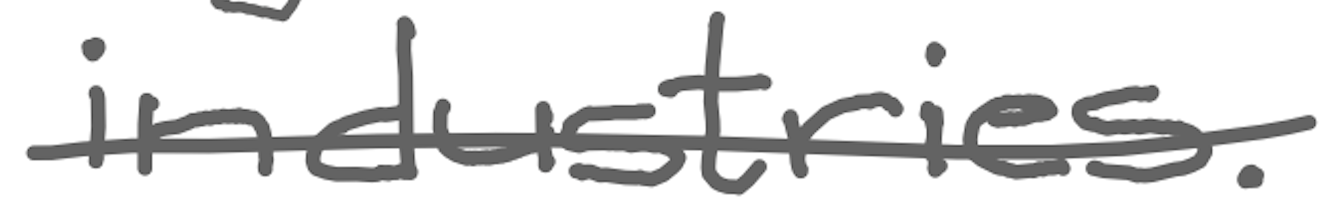
Text: industries.
Cross-out: single-line
Writing tool: digital_gray